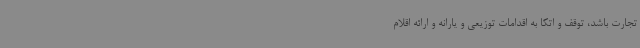
تجارت باشد، توقف و اتکا به اقدامات توزیعی و یارانه و ارائه اقلام